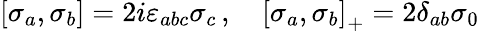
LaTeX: \left[\sigma_{a},\sigma_{b}\right]=2i\varepsilon_{abc}\sigma_{c}\, ,\quad\left[\sigma_{a},\sigma_{b}\right]_{+}=2\delta_{ab}\sigma_{0}